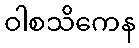
ဝါစသိကေန